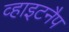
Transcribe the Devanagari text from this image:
व्हाइटनैप